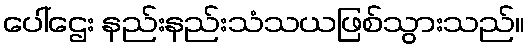
ပေါ်ဌေး နည်းနည်းသံသယဖြစ်သွားသည်။